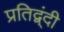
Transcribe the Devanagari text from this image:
प्रतिद्व्ंदी